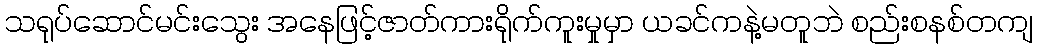
သရုပ်ဆောင်မင်းသွေး အနေဖြင့်ဇာတ်ကားရိုက်ကူးမှုမှာ ယခင်ကနဲ့မတူဘဲ စည်းစနစ်တကျ